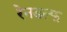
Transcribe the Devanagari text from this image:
रेनडल्फ